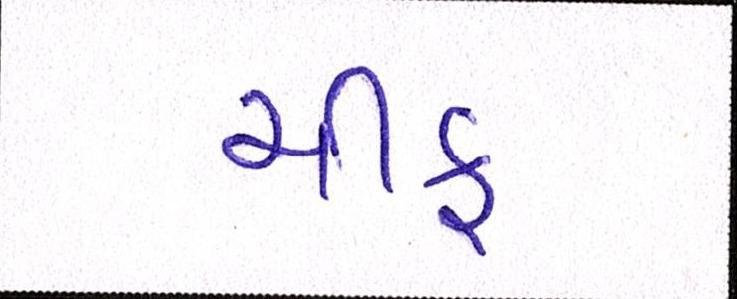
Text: ચીફ